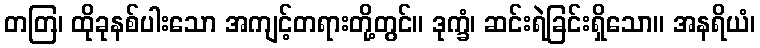
တတြ၊ ထိုခုနစ်ပါးသော အကျင့်တရားတို့တွင်။ ဒုက္ခံ၊ ဆင်းရဲခြင်းရှိသော။ အနရိယံ၊